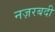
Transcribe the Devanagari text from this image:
नज़रबदी